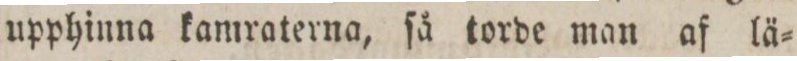
upphinna kamraterna, ſå torde man af lä=